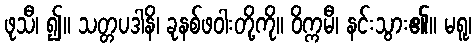
ဖုသီ၊ ၍။ သတ္တပဒါနိ၊ ခုနစ်ဖဝါးတို့ကို။ ဝိက္ကမီ၊ နင်းသွား၏။ မရူ၊